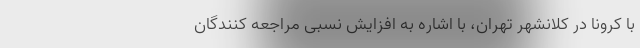
با کرونا در کلانشهر تهران، با اشاره به افزایش نسبی مراجعه کنندگان